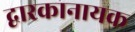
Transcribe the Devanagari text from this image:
द्वारकानायक